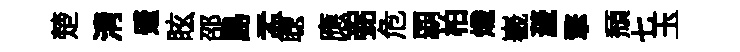
楚清蹙眩邵島盂聦應弼危覇柏熾嶻薉擎頽七玉